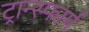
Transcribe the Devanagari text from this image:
ट्रान्स्फार्म